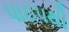
પાઇપથી